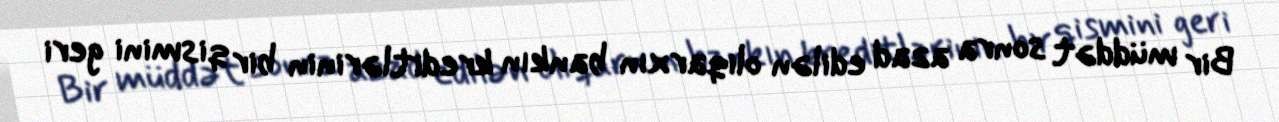
Bir müddət sonra azad edilən oliqarxın bankın kreditlərinin bir qismini geri